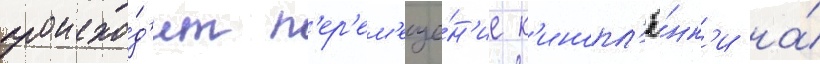
происхо́д'ит п'ер'ем'еще́н'ие к'инопл'ё́нк'и на́